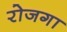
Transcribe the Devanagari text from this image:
रोजगा